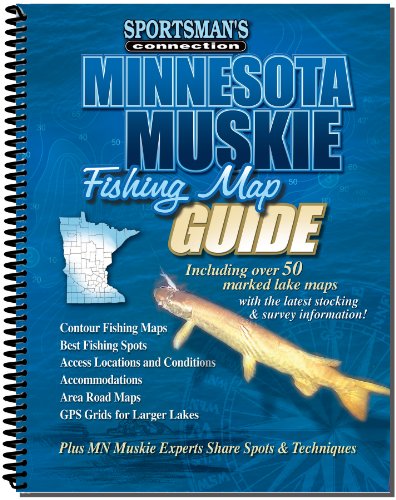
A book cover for Minnesota Muskie Fishing Map Guide (Sportsman's Connection); Travel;